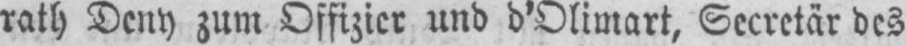
rath Deny zum Offizier und d’Olimart, Secretär des